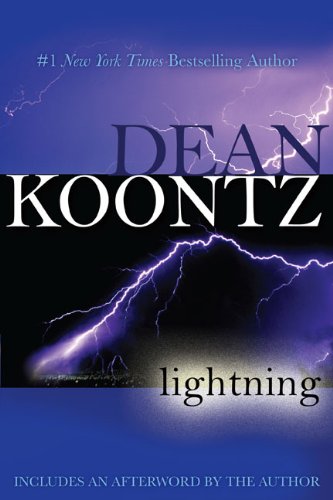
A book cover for Lightning; Dean Koontz; Business & Money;